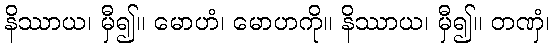
နိဿာယ၊ မှီ၍။ မောဟံ၊ မောဟကို။ နိဿာယ၊ မှီ၍။ တဏှံ၊